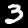
Digit: 3